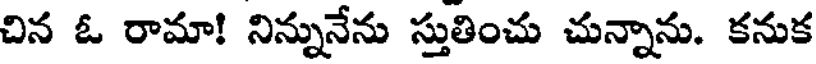
చిన ఓ రామా! నిన్నునేను స్తుతించు చున్నాను. కనుక